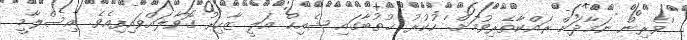
'ވެރިން ނަމާދަށް ރައްކާތެރިވުމަށް.' ހުކުރު ޚުތުބާގައި ޝެއިހް އަލީ ޒާހިރު ގޮވާލައްވައިފިއެވެ. އިސްލާމީ